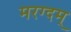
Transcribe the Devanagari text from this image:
मरग्दम्